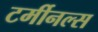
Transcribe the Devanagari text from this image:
टर्मीनल्स